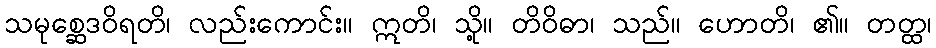
သမုစ္ဆေဒဝိရတိ၊ လည်းကောင်း။ ဣတိ၊ သို့။ တိဝိဓာ၊ သည်။ ဟောတိ၊ ၏။ တတ္ထ၊